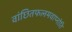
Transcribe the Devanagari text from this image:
वांछितफलमवाप्नोति